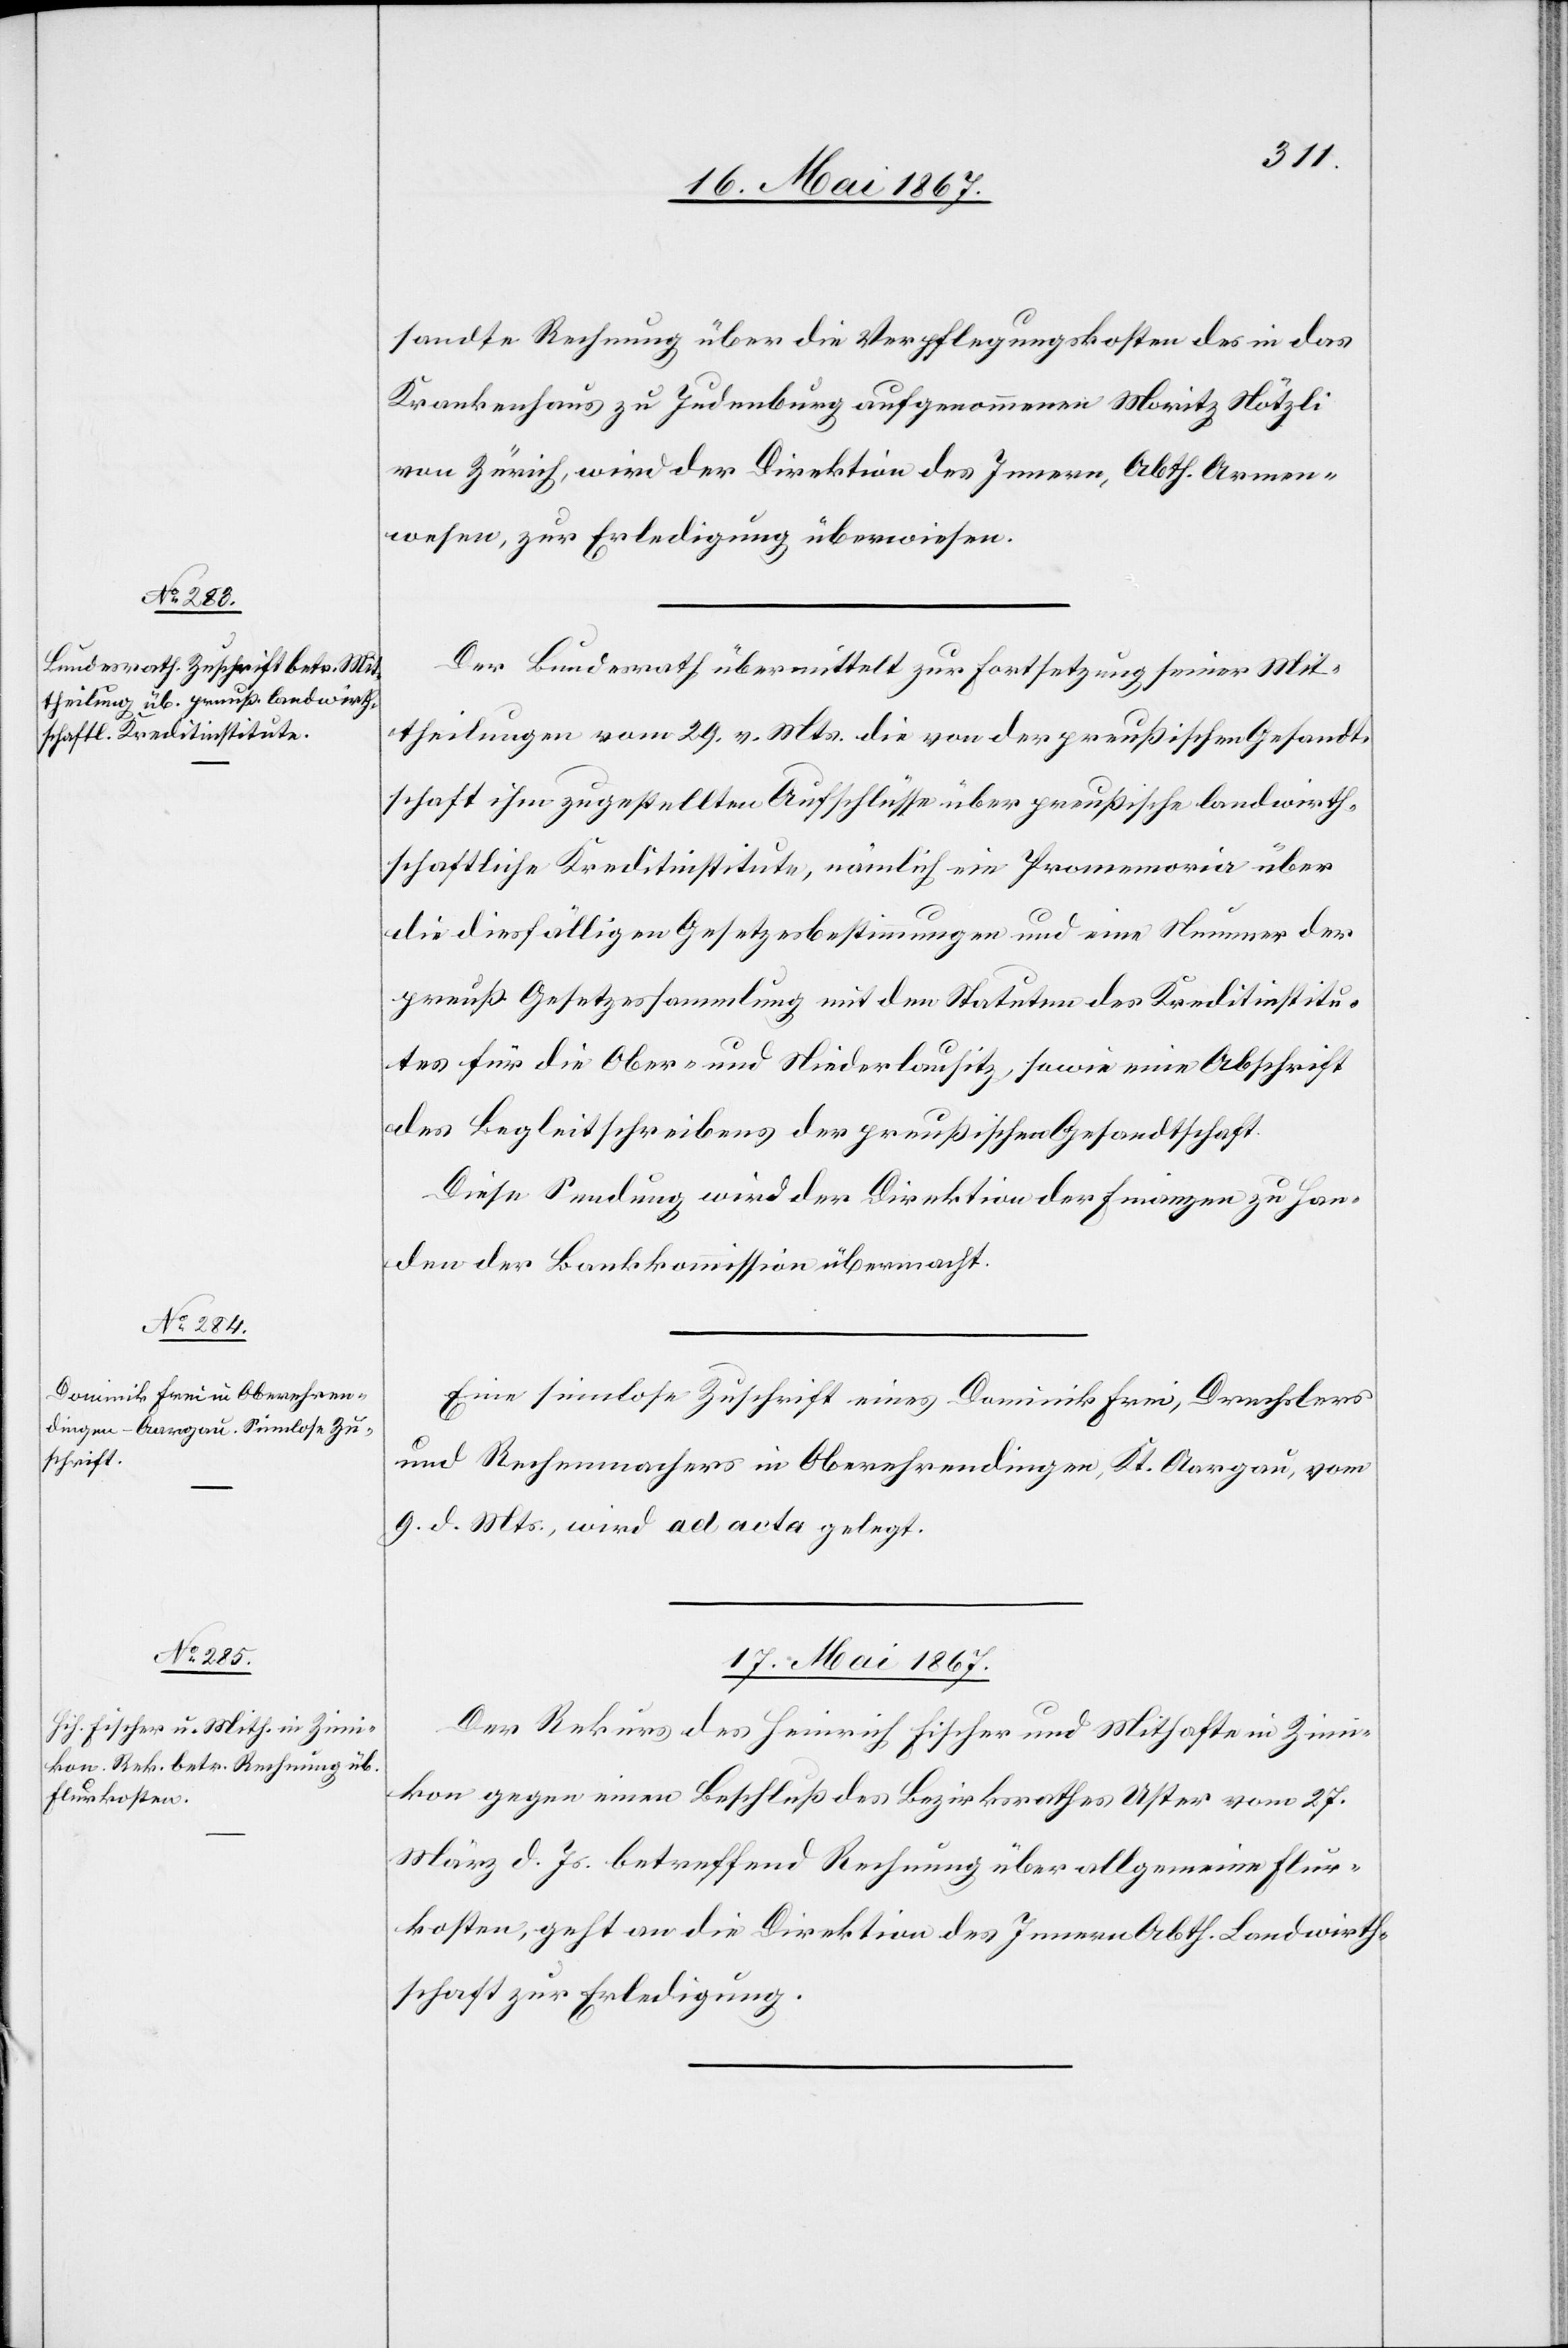
16. Mai 1867.]
sandte Rechnung über die Verpflegungskosten des in das
Krankenhaus zu Judenburg aufgenommenen Moritz Nötzli
von Zürich, wird der Direktion des Innern, Abth. Armen¬
wesen zur Erledigung überwiesen.
Der Bundesrath übermittelt zur Fortsetzung seiner Mit¬
theilungen vom 29. v. Mts. die von der preußischen Gesandt¬
schaft ihm zugestellten Ausschlüsse über preußische landwirth¬
schaftliche Kreditinstitute, nämlich ein Promemoria über
die diesfälligen Gesetzesbestimmungen und eine Nummer der
preuß. Gesetzessammlung mit den Statuten des Kreditinstitu¬
tes für die Ober- und Niederlausitz, sowie eine Abschrift
des Begleitschreibens der preußischen Gesandtschaft.
Diese Sendung wird der Direktion der Finanzen zu Han¬
den der Bankkommission übermacht.
Eine sinnlose Zuschrift eines Dominik Frei, Drechslers
und Rechenmachers in Oberehrendingen, Kt. Aargau, vom
9. d. Mts., wird ad acta gelegt.
17. Mai 1867.
Der Rekurs des Heinrich Fischer und Mithafte in Zimi¬
kon gegen einen Beschluß des Bezirksrathes Uster vom 27.
März d. Js. betreffend Rechnung über allgemeine Flur¬
kosten, geht an die Direktion des Innern Abth. Landwirth¬
schaft zur Erledigung.